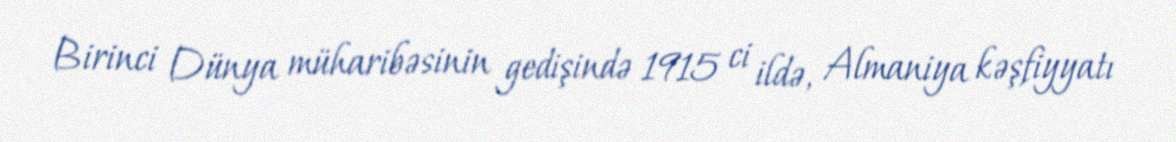
Birinci Dünya müharibəsinin gedişində 1915 ci ildə, Almaniya kəşfiyyatı